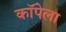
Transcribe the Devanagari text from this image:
कॉपेला